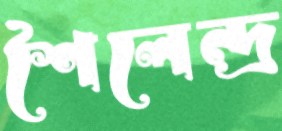
শৈলেন্দ্র